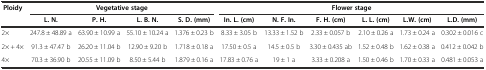
<table><thead><tr><td><b>Ploidy</b></td><td colspan="4"><b>Vegetative stage</b></td><td colspan="6"><b>Flower stage</b></td></tr><tr><td></td><td><b>L. N.</b></td><td><b>P. H.</b></td><td><b>L. B. N.</b></td><td><b>S. D. (mm)</b></td><td><b>In. L. (cm)</b></td><td><b>N. F. In.</b></td><td><b>F. H. (cm)</b></td><td><b>L. L. (cm)</b></td><td><b>L.W. (cm)</b></td><td><b>L.D. (mm)</b></td></tr></thead><tbody><tr><td>2×</td><td>247.8 ± 48.89 a</td><td>63.90 ± 10.99 a</td><td>55.10 ± 10.24 a</td><td>1.376 ± 0.23 b</td><td>8.33 ± 3.05 b</td><td>13.33 ± 1.52 b</td><td>2.33 ± 0.057 b</td><td>2.10 ± 0.26 a</td><td>1.73 ± 0.24 a</td><td>0.302 ± 0.016 c</td></tr><tr><td>2× + 4×</td><td>91.3 ± 47.47 b</td><td>26.20 ± 11.04 b</td><td>12.90 ± 9.20 b</td><td>1.718 ± 0.18 a</td><td>17.50 ± 0.5 a</td><td>14.5 ± 0.5 b</td><td>3.30 ± 0.435 ab</td><td>1.52 ± 0.48 b</td><td>1.62 ± 0.38 a</td><td>0.412 ± 0.042 b</td></tr><tr><td>4×</td><td>70.3 ± 36.90 b</td><td>20.55 ± 11.09 b</td><td>8.50 ± 5.44 b</td><td>1.879 ± 0.16 a</td><td>17.83 ± 0.76 a</td><td>19 ± 1 a</td><td>3.33 ± 0.208 a</td><td>1.50 ± 0.46 b</td><td>1.70 ± 0.33 a</td><td>0.481 ± 0.053 a</td></tr></tbody></table>